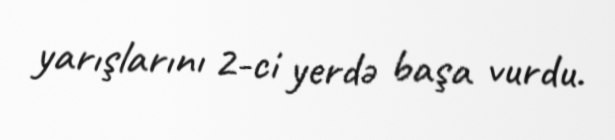
yarışlarını 2-ci yerdə başa vurdu.